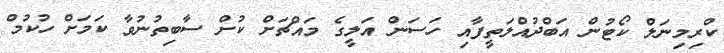
ކްރިމިނަލް ކޯޓުން އަބްދުއްލަތީފާއި ހަސަން އަލީގެ މައްޗަށް ކުށް ސާބިތުނުވާ ކަމަށް ހުކުމް